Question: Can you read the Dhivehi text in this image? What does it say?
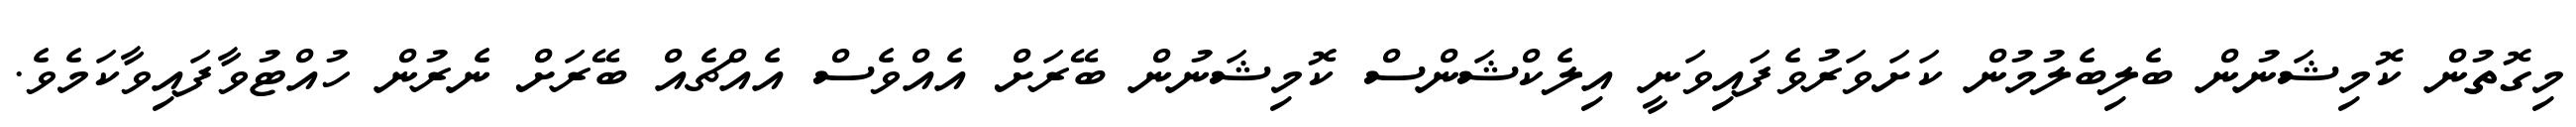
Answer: މިގޮތުން ކޮމިޝަނުން ބެލިބެލުމުން ކަށަވަރުވެފައިވަނީ އިލެކްޝަންސް ކޮމިޝަނުން ބޭރަށް އެއްވެސް އެއްޗެއް ބޭރަށް ނެރުން ހުއްޓުވާފައިވާކަމެވެ.